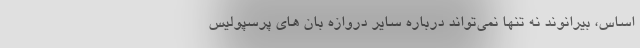
اساس، بیرانوند نه تنها نمی‌تواند درباره سایر دروازه بان های پرسپولیس